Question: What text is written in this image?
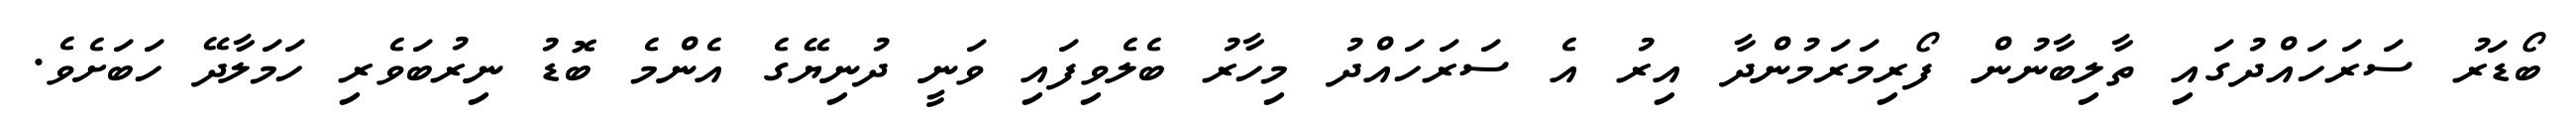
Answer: ބޯޑަރު ސަރަހައްދުގައި ތާލިބާނުން ފޯރިމަރަމުންދާ އިރު އެ ސަރަހައްދު މިހާރު ބެލެވިފައި ވަނީ ދުނިޔޭގެ އެންމެ ބޮޑު ނިރުބަވެރި ހަމަލާދޭ ހަބަށެވެ.